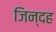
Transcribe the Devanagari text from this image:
जिन्दह